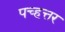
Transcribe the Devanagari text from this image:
पच्हत्तर